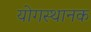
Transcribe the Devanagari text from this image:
योगस्थानक